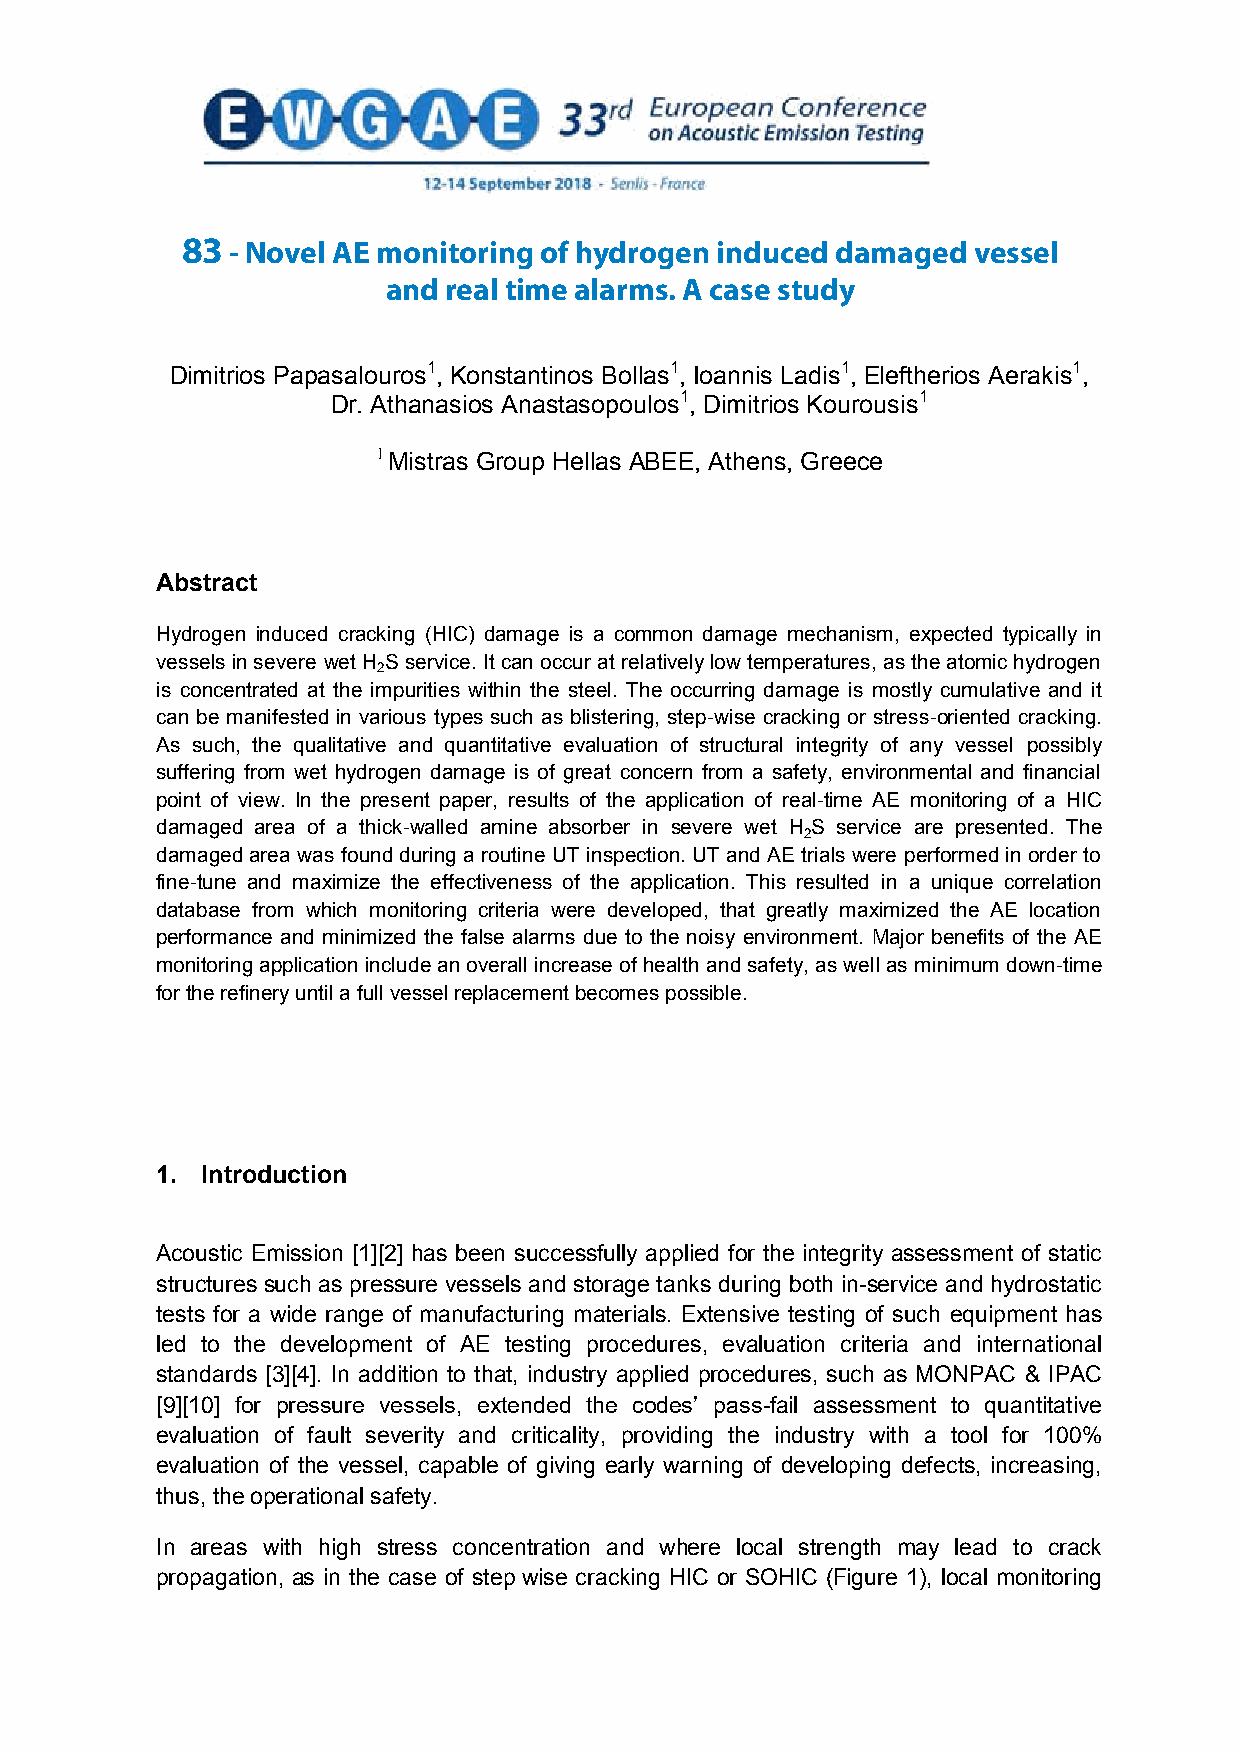
83 - Novel AE monitoring of hydrogen induced damaged vessel
 NOVEL  AE MONITORING   OF HYDROGEN    INDUCED   DAMAGED
 and real time alarms. A case study
 VESSEL  AND  REAL  TIME ALARMS.  A CASE  STUDY
 Dimitrios Papasalouros1, Konstantinos Bollas1, Ioannis Ladis1, Eleftherios Aerakis1,
 Dr. Athanasios Anastasopoulos1, Dimitrios Kourousis1
 1 Mistras Group Hellas ABEE, Athens, Greece
 Abstract
 Hydrogen induced cracking (HIC) damage is a common damage mechanism, expected typically in
 vessels in severe wet H S service. It can occur at relatively low temperatures, as the atomic hydrogen
 2
 is concentrated at the impurities within the steel. The occurring damage is mostly cumulative and it
 can be manifested in various types such as blistering, step-wise cracking or stress-oriented cracking.
 As such, the qualitative and quantitative evaluation of structural integrity of any vessel possibly
 suffering from wet hydrogen damage is of great concern from a safety, environmental and financial
 point of view. In the present paper, results of the application of real-time AE monitoring of a HIC
 damaged area of a thick-walled amine absorber in severe wet H S service are presented. The
 2
 damaged area was found during a routine UT inspection. UT and AE trials were performed in order to
 fine-tune and maximize the effectiveness of the application. This resulted in a unique correlation
 database from which monitoring criteria were developed, that greatly maximized the AE location
 performance and minimized the false alarms due to the noisy environment. Major benefits of the AE
 monitoring application include an overall increase of health and safety, as well as minimum down-time
 for the refinery until a full vessel replacement becomes possible.
 1. Introduction
 Acoustic Emission [1][2] has been successfully applied for the integrity assessment of static
 structures such as pressure vessels and storage tanks during both in-service and hydrostatic
 tests for a wide range of manufacturing materials. Extensive testing of such equipment has
 led to the development of AE testing procedures, evaluation criteria and international
 standards [3][4]. In addition to that, industry applied procedures, such as MONPAC & IPAC
 [9][10] for pressure vessels, extended the codes’ pass-fail assessment to quantitative
 evaluation of fault severity and criticality, providing the industry with a tool for 100%
 evaluation of the vessel, capable of giving early warning of developing defects, increasing,
 thus, the operational safety.
 In areas with high stress concentration and where local strength may lead to crack
 propagation, as in the case of step wise cracking HIC or SOHIC (Figure 1), local monitoring
 1